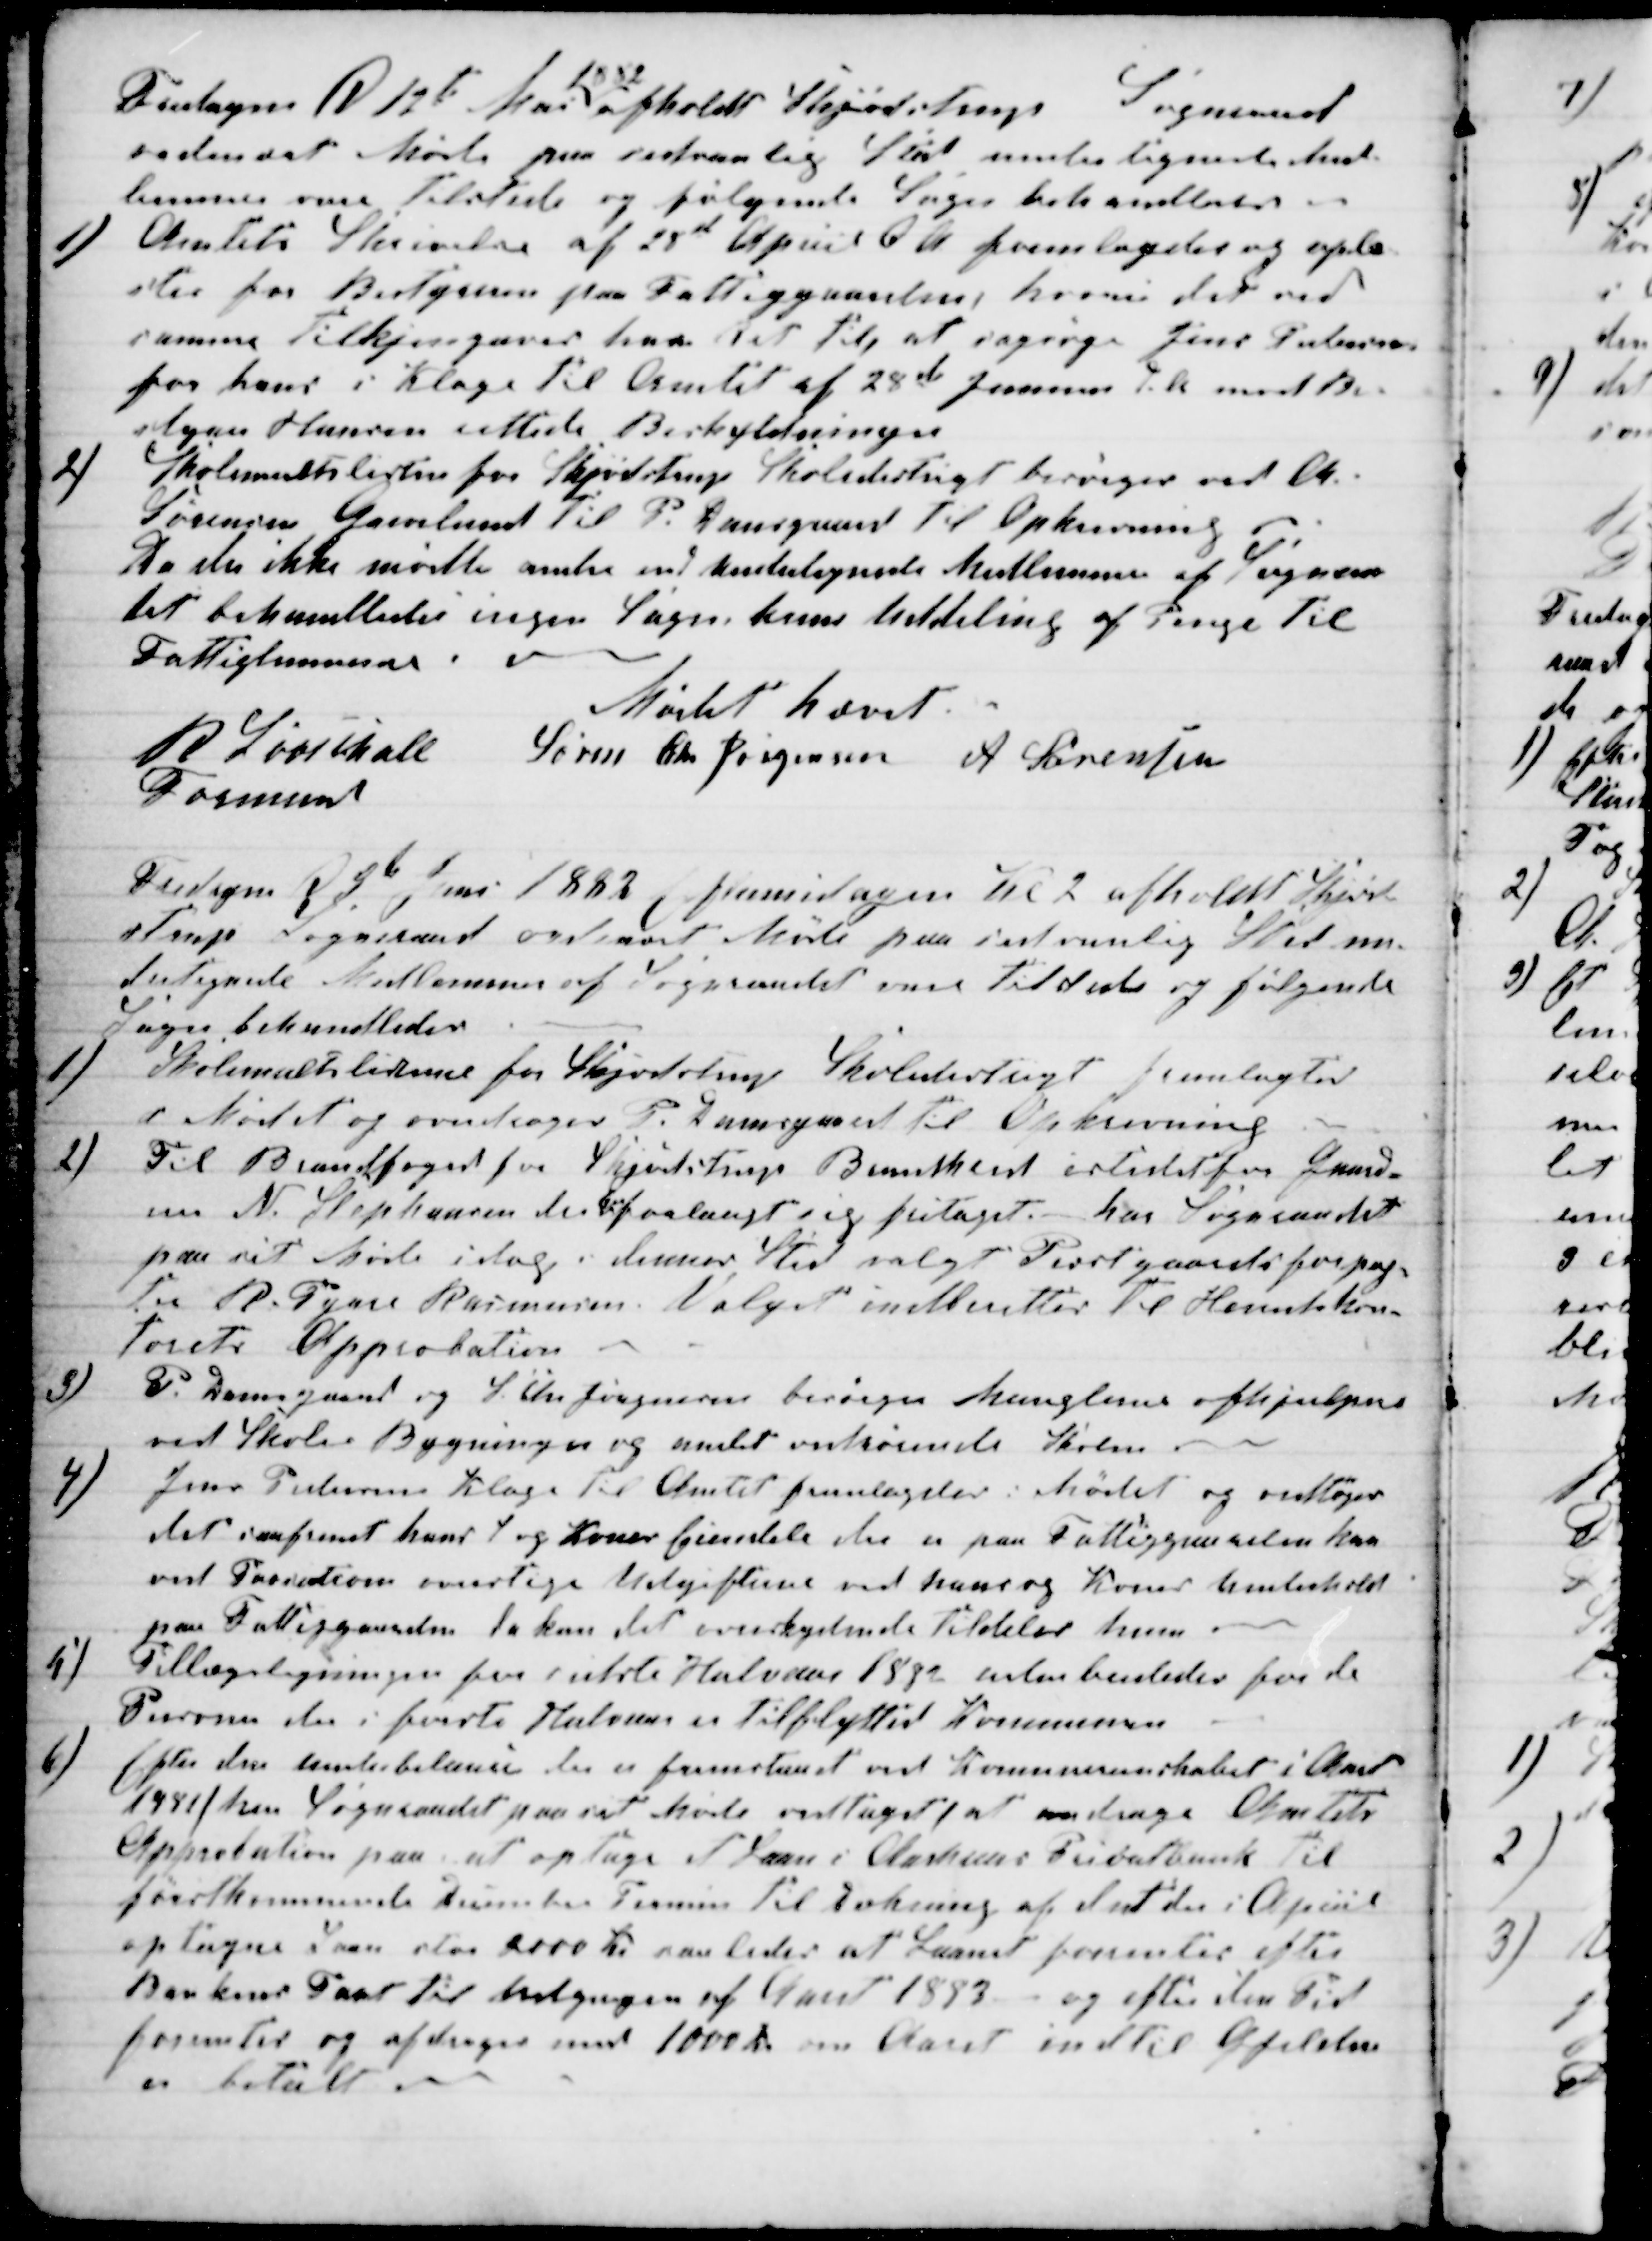
Transskription:
Fredagen d 12te 
1882
afholdt Skjødstrup Sogneraad
ordinært Møde paa sedvanlig Sted undertegnede Med-
lemmer vare tilstede og følgende Sager behandledes.
1)
Amtets Skrivelse af 28de April d A fremlagdes og oplæ-
stes for Bestyreren paa Fattiggaarden, hvori det ved
samme tilkjengaves ham Ret til, at sagsøge Jens Pedersen
for hans i Klage til Amtet af 28de Januar d. A mod Be-
styrer Hansen rettede Beskyldninger
2)
Skolemulklisten for Skjødstrup Skoledistrigt besørges ved A.
Sørensen Grevelund til P. Damsgaard til Opkrævning
Da der ikke mødte andre end undertegnede Medlemmer af Sogneraa
det behandledes ingen Sager kun Uddeling af Penge til
Fattiglemmerne.
Mødet hævet.
R Løvschall
Formand
Søren Chr Jørgensen A Sørensen
Fredagen d 9de Juni 1882 Eftermidagen Kl 2 afholdt Skjød-
strup Sogneraad ordinært Møde paa sedvanlig Sted un-
dertegnede Medlemmer af Sogneraadet vare tilstede og følgende
Sager behandledes
1)
Skolemulklisterne for Skjødstrup Skoledistrigt fremlagtes
i Mødet og overdroges P. Damsgaard til Opkrævning.
2)
Til Brandfoged for Skjødstrup Brandkreds istedetfor Gaard-
eier N. Stephansen der 
har
forlangt sig fritaget har Sogneraadet
paa sit Møde idag i dennes Sted valgt Præstegaardsforpag-
ter R. Tyrre Rasmussen. Valget indberettes til Herredskon-
torets Approbation
3)
P. Damsgaard og S. Chr Jørgensen besørger Manglerne afhjulpne
ved Skole Bygningen og andet vedrørende Skolen
4)
Jens Pedersens Klage til Amtet fremlagdes i Mødet og vedtoges
det saafremt hans 1 og Kones Eiendele der er paa Fattiggaarden kan
ved Korrection overstige Udgifterne ved hans og Kones Underhold
paa Fattiggaarden da kan det overskydende tildeles ham.
5)
Tillægsligningen for nedste Halvaar 1882 underhandledes for de
Personer der i første Halvaar er tilflyttet Kommunen.
6)
Efter den Underbalance der er fremstaaet ved Komunereinskabet i Aar
1881, har Sogneraadet paa sit Møde vedtaget at andrage Amtets
Approbation paa at optage et Laan i Aarhus Privatbank til
førstkommende December Termin til Dækning af det der i April
optagne Laan stor 2000 Kr. saaledes at Laanet forrentes efter
Bankens Pant til Udgangen af Aar 1883 - og efter den Tid
forrentes og afdrages med 1000 Kr om Aaret indtil Gjelden
er betalt